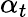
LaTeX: \alpha_{t}